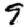
Digit: 9